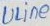
Text: ULine